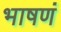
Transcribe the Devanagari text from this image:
भाषणं